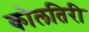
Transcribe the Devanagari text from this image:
कोलतिरी